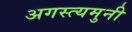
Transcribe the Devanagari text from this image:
अगस्त्यमुनी